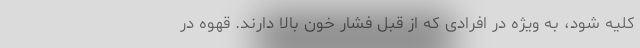
کلیه شود، به ویژه در افرادی که از قبل فشار خون بالا دارند. قهوه در